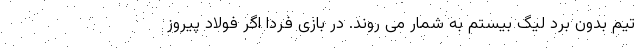
تیم بدون برد لیگ بیستم به شمار می روند. در بازی فردا اگر فولاد پیروز